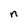
Character: n